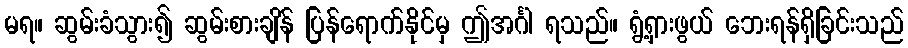
မရ။ ဆွမ်းခံသွား၍ ဆွမ်းစားချိန် ပြန်ရောက်နိုင်မှ ဤအင်္ဂါ ရသည်။ ရွံ့ရှားဖွယ် ဘေးရန်ရှိခြင်းသည်